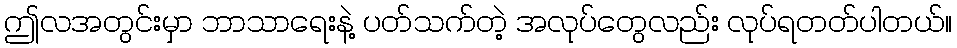
ဤလအတွင်းမှာ ဘာသာရေးနဲ့ ပတ်သက်တဲ့ အလုပ်တွေလည်း လုပ်ရတတ်ပါတယ်။